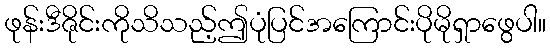
ဖုန်းဒီဇိုင်းကိုသိသည့်ဤပုံပြင်အကြောင်းပိုမိုရှာဖွေပါ။